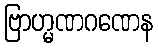
ဗြာဟ္မဏဂဏေန